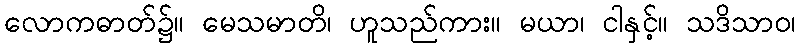
လောကဓာတ်၌။ မေသမာတိ၊ ဟူသည်ကား။ မယာ၊ ငါနှင့်။ သဒိသာဝ၊